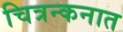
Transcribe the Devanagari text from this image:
चित्रन्कनात